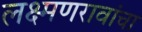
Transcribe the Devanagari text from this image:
लक्ष्मणरावांचा